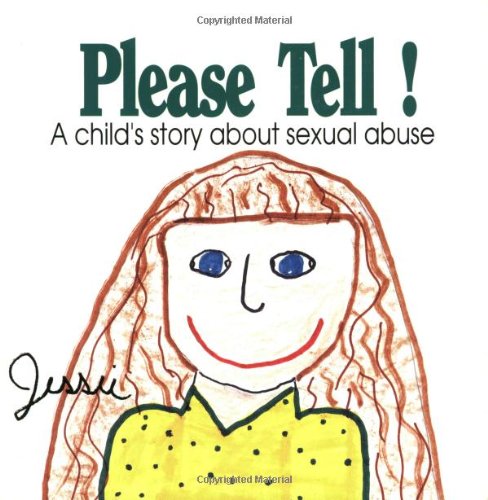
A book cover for Please Tell: A Child's Story About Sexual Abuse (Early Steps); Jessie; Parenting & Relationships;